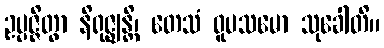
ဥပ္ပဇ္ဇိတွာ နိရုဇ္ဈန္တိ၊ တေသံ ဝူပသမော သုခေါတိ။